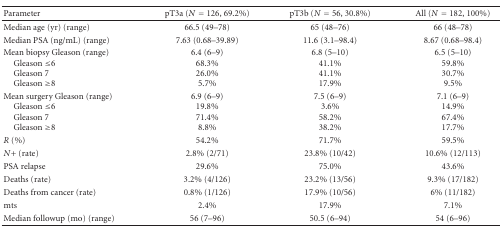
| Parameter | pT3a (N = 126, 69.2%) | pT3b (N = 56, 30.8%) | All (N = 182, 100%) |
 | --- | --- | --- | --- |
 | Median age (yr) (range) | 66.5 (49–78) | 65 (48–76) | 66 (48–78) |
 | Median PSA (ng/mL) (range) | 7.63 (0.68–39.89) | 11.6 (3.1–98.4) | 8.67 (0.68–98.4) |
 | Mean biopsy Gleason (range)Gleason ≤6Gleason 7Gleason ≥8 | 6.4 (6–9) 68.3% 26.0% 5.7% | 6.8 (5–10) 41.1% 41.1% 17.9% | 6.5 (5–10) 59.8% 30.7% 9.5% |
 | Mean surgery Gleason (range)Gleason ≤6Gleason 7Gleason ≥8 | 6.9 (6–9) 19.8% 71.4% 8.8% | 7.5 (6–9) 3.6% 58.2% 38.2% | 7.1 (6–9) 14.9% 67.4% 17.7% |
 | R (%) | 54.2% | 71.7% | 59.5% |
 | N+ (rate) | 2.8% (2/71) | 23.8% (10/42) | 10.6% (12/113) |
 | PSA relapse | 29.6% | 75.0% | 43.6% |
 | Deaths (rate) | 3.2% (4/126) | 23.2% (13/56) | 9.3% (17/182) |
 | Deaths from cancer (rate) | 0.8% (1/126) | 17.9% (10/56) | 6% (11/182) |
 | mts | 2.4% | 17.9% | 7.1% |
 | Median followup (mo) (range) | 56 (7–96) | 50.5 (6–94) | 54 (6–96) |